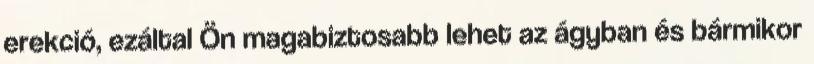
erekció, ezáltal Ön magabiztosabb lehet az ágyban és bármikor